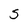
Character: S